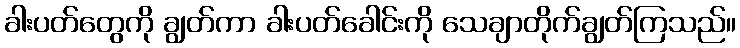
ခါးပတ်တွေကို ချွတ်ကာ ခါးပတ်ခေါင်းကို သေချာတိုက်ချွတ်ကြသည်။